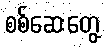
စစ်ဆေးတွေ့